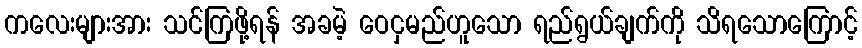
ကလေးများအား သင်ကြဖို့ရန် အခမဲ့ ဝေငှမည်ဟူသော ရည်ရွယ်ချက်ကို သိရသောကြောင့်